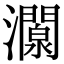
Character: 灁